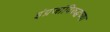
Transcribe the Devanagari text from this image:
इंग्रजांविरुद्धच्या